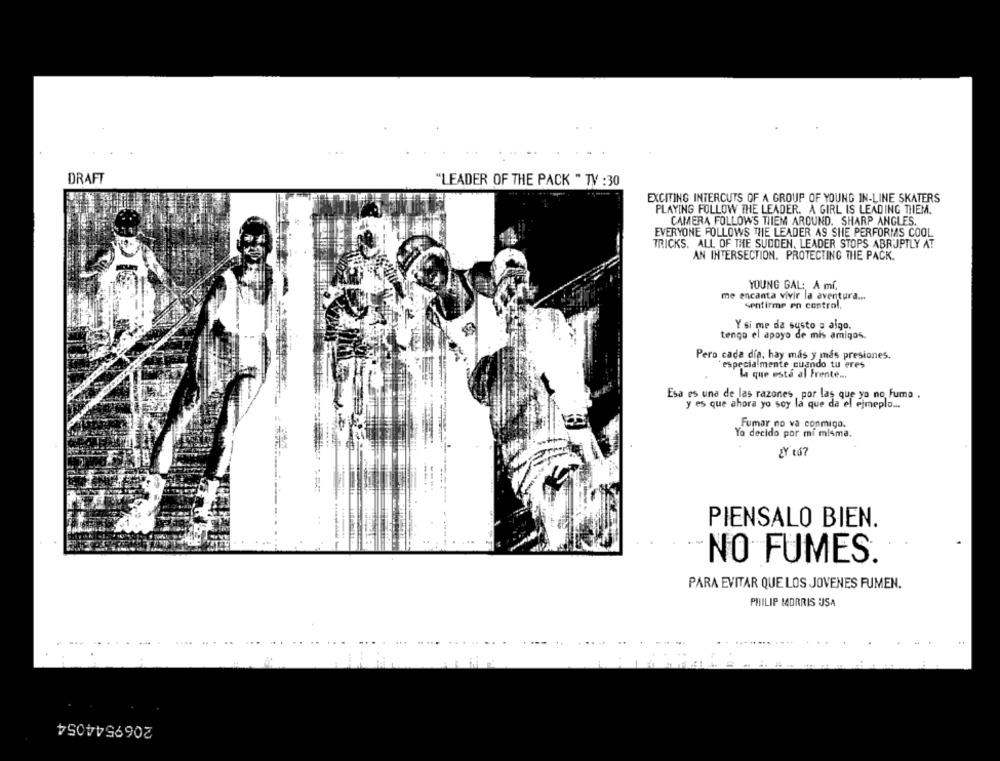
DRAFT
"LEADER OF THE PACK " TV :30
EXCITING INTERCUTS OF A GROUP OF YOUNG IN-LINE SKATERS
PLAYING FOLLOW THE LEADER. A GIRL IS LEADING THEM.
CAMERA FOLLOWS THIEM AROUND. SHARP ANGLES.
EVERYONE FOLLOWS THE LEADER AS SHE PERFORMS COOL
TRICKS. ALL OF THE SUDDEN, LEADER STOPS ABRUPTLY AT
AN INTERSECTION. PROTECTING THE PACK.
YOUNG GAL: A mí,
me encanta vivir la aventura ...
Sentirme en control.
Y si me da susto o algo.
tengo el apoyo de mis amigos.
Pero cada día, hay más y más presiones.
especialmente cuando tu eres
la que este al Frente ...
Esa es una de las razones,por las que ya no Fuma .
y es que ahora yo soy la que da el ejmeplo ...
Fumar no va conmigo.
Yo decido por mi misma.
ŁY tá7
PIENSALO BIEN.
NO FUMES.
PARA EVITAR QUE LOS JOVENES FUMEN.
PHILIP MORRIS USA
2069544054